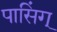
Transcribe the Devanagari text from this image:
पासिंग्